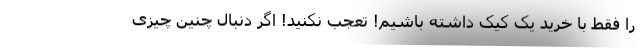
را فقط با خرید یک کیک داشته باشیم! تعجب نکنید! اگر دنبال چنین چیزی